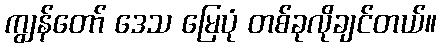
ကျွန်တော် ဒေသ မြေပုံ တစ်ခုလိုချင်တယ်။